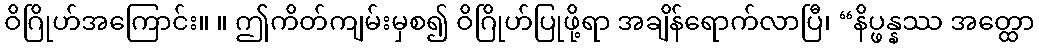
ဝိဂြိုဟ်အကြောင်း။ ။ ဤကိတ်ကျမ်းမှစ၍ ဝိဂြိုဟ်ပြုဖို့ရာ အချိန်ရောက်လာပြီ၊ “နိပ္ဖန္နဿ အတ္ထော